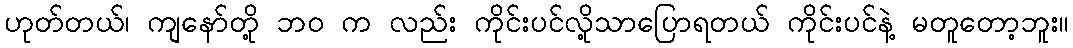
ဟုတ်တယ်၊ ကျနော်တို့ ဘ၀ က လည်း ကိုင်းပင်လို့သာပြောရတယ် ကိုင်းပင်နဲ့ မတူတော့ဘူး။